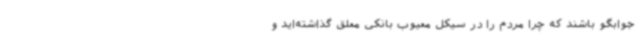
جوابگو باشند که چرا مردم را در سیکل معیوب بانکی معلق گذاشته‌اید و